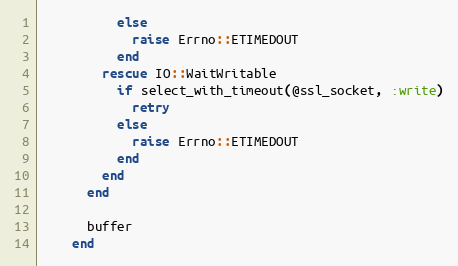
Language: Ruby
          else
            raise Errno::ETIMEDOUT
          end
        rescue IO::WaitWritable
          if select_with_timeout(@ssl_socket, :write)
            retry
          else
            raise Errno::ETIMEDOUT
          end
        end
      end

      buffer
    end